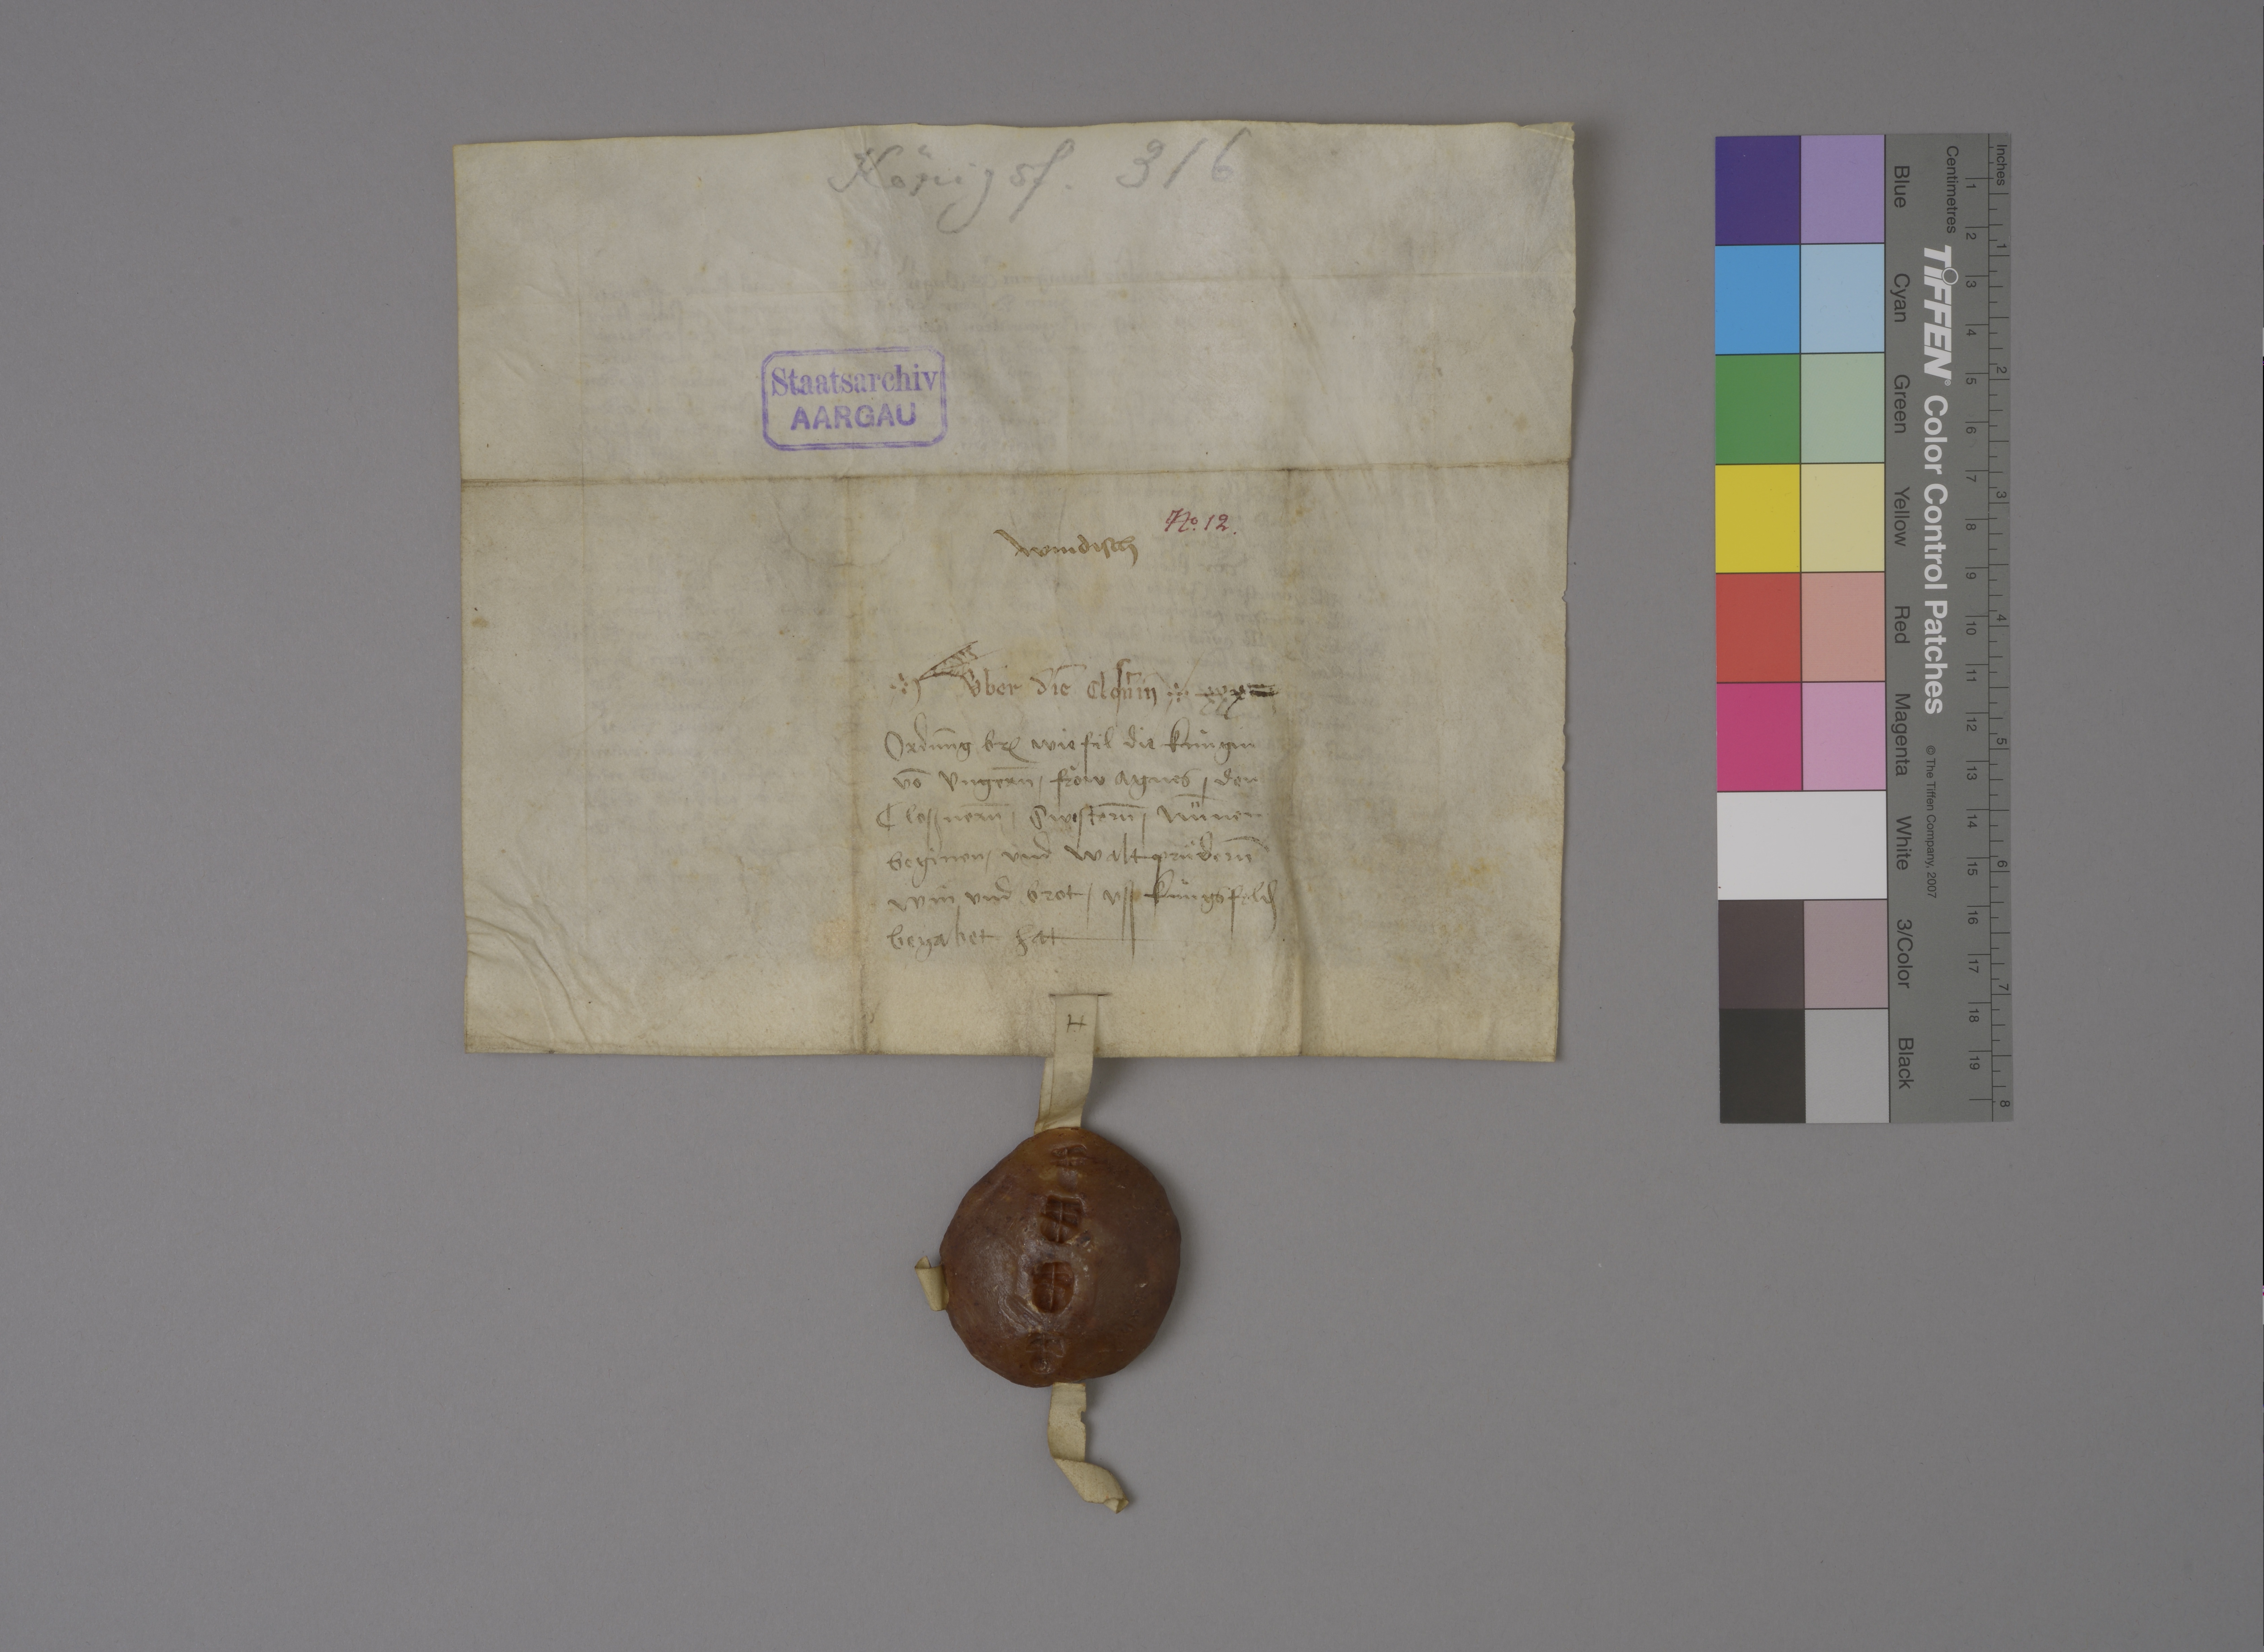
Transcription:
Königsf. 316

Staatsarchiv
AARGAU

Nͦ✳ 12 ✳

Windisch

✳ ùber die closnˀin ✳

xxx j
ordnūg br₎ wie fil die kùngin
vō Ungern̄ ✳ froͧw Agnes ✳ den
closznern̄ swestern̄ ✳ nünen
beginen ✳ und waltpruͤdern̄
win und brot ✳ uss Kùngsfeld₎
begabet hat